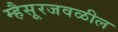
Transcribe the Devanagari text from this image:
म्हैसूरजवळील